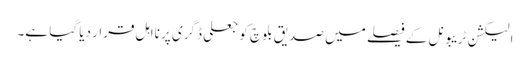
الیکشن ٹریبونل کے فیصلے میں صدیق بلوچ کو جعلی ڈگری پر نااہل قرار دیا گیا ہے۔